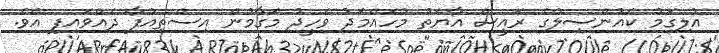
އުލިގަމު ކައުންސިލްގެ ރައީސް އާޔަތު މުހައްމަދު ވަހީދު މަގާމުން އިސްތިއުފާ ދެއްވައިފި އެވެ.